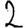
Digit: 2